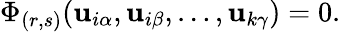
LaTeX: \Phi_{(r,s)}(\mathbf{u}_{i\alpha},\mathbf{u}_{i\beta},\ldots,\mathbf{u}_{k\gamma})=0.